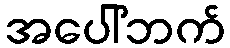
အပေါ်ဘက်